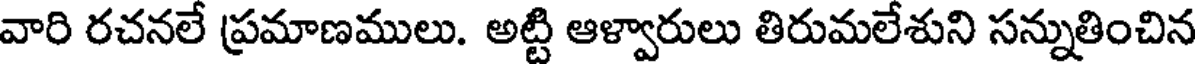
వారి రచనలే ప్రమాణములు. అట్టి ఆళ్వారులు తిరుమలేశుని సన్నుతించిన